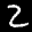
Label: 2